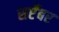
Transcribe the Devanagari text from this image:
सप्टँबर